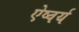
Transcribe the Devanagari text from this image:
ऐष्वर्य